Report on sanitation, dispensaries, and jails in Rajputana for 1913, and on vaccination for the year 1913-1914 - 1913-1914
Year: 1913
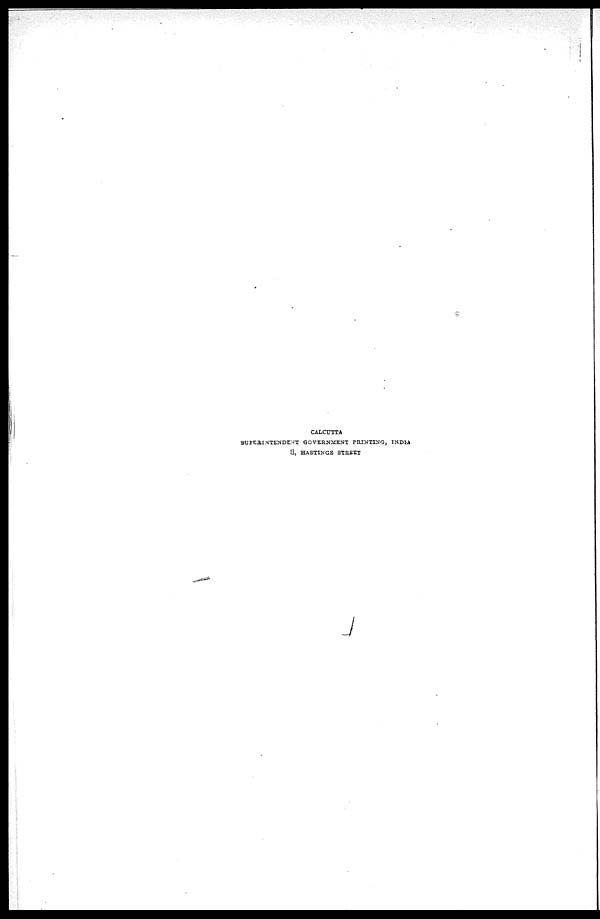
CALCUTTA
SUPERINTENDENT GOVERNMENT PRINTING, INDIA
8, HASTINGS STREET